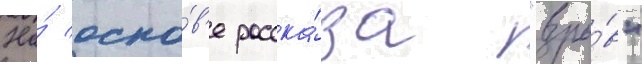
На́ осно́в'е расска́за "взры́в"